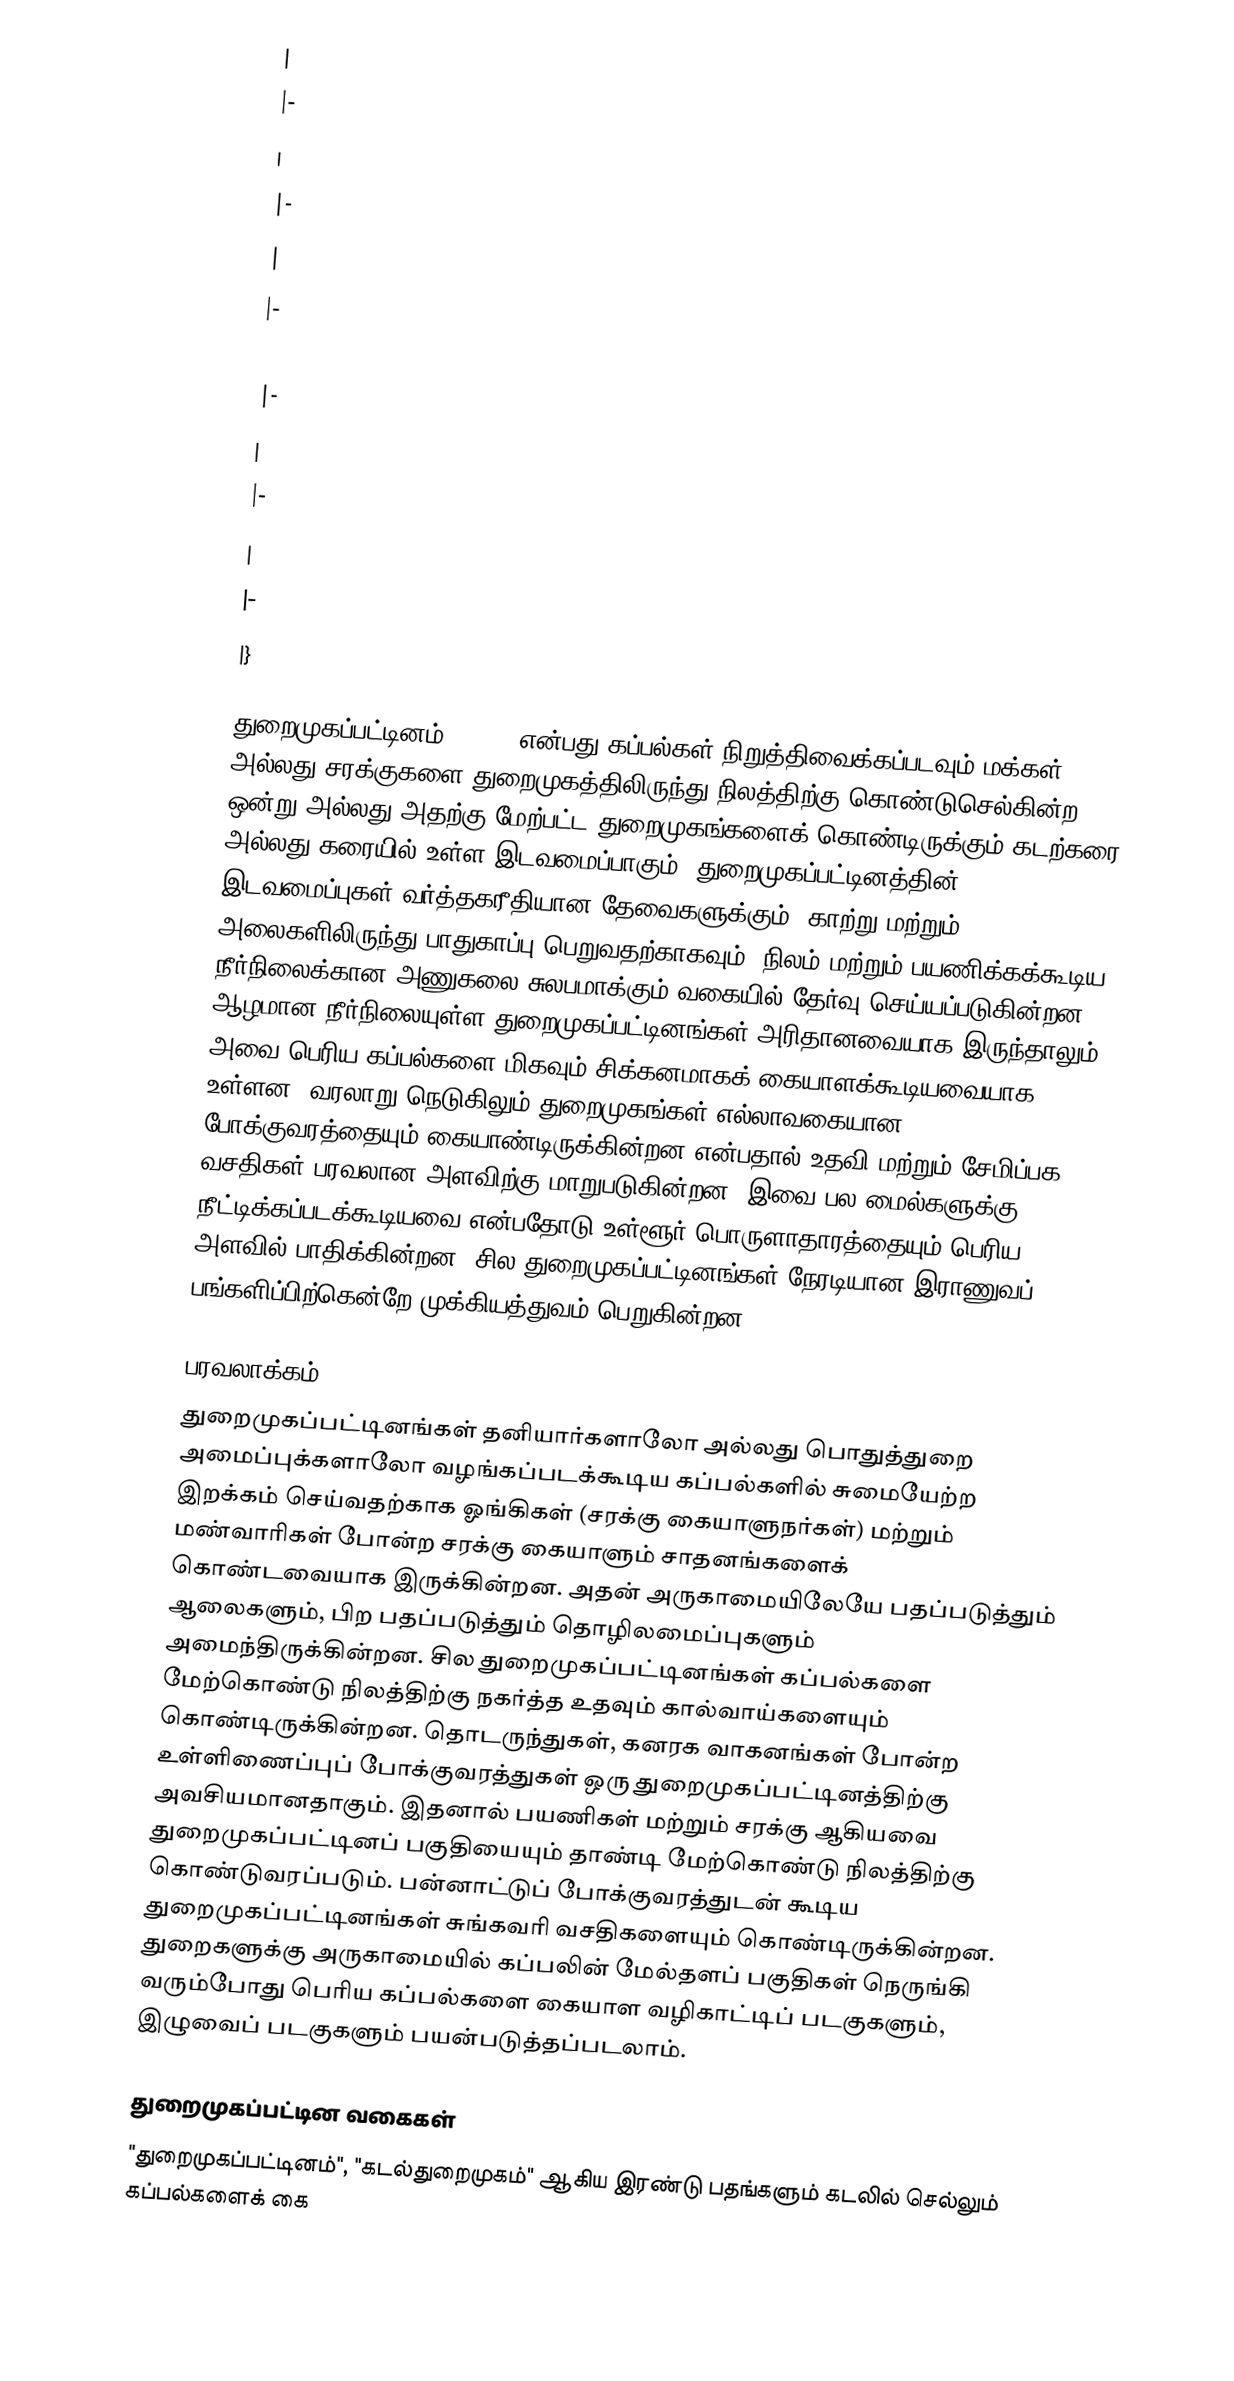
|
|-
|
|-
|
|-
|
|-
|
|-
|
|-
|}

துறைமுகப்பட்டினம் (Port) என்பது கப்பல்கள் நிறுத்திவைக்கப்படவும் மக்கள் அல்லது சரக்குகளை துறைமுகத்திலிருந்து நிலத்திற்கு கொண்டுசெல்கின்ற ஒன்று அல்லது அதற்கு மேற்பட்ட துறைமுகங்களைக் கொண்டிருக்கும் கடற்கரை அல்லது கரையில் உள்ள இடவமைப்பாகும். துறைமுகப்பட்டினத்தின் இடவமைப்புகள் வர்த்தகரீதியான தேவைகளுக்கும், காற்று மற்றும் அலைகளிலிருந்து பாதுகாப்பு பெறுவதற்காகவும், நிலம் மற்றும் பயணிக்கக்கூடிய நீர்நிலைக்கான அணுகலை சுலபமாக்கும் வகையில் தேர்வு செய்யப்படுகின்றன. ஆழமான நீர்நிலையுள்ள துறைமுகப்பட்டினங்கள் அரிதானவையாக இருந்தாலும், அவை பெரிய கப்பல்களை மிகவும் சிக்கனமாகக்  கையாளக்கூடியவையாக உள்ளன. வரலாறு நெடுகிலும் துறைமுகங்கள் எல்லாவகையான போக்குவரத்தையும் கையாண்டிருக்கின்றன என்பதால் உதவி மற்றும் சேமிப்பக வசதிகள் பரவலான அளவிற்கு மாறுபடுகின்றன. இவை பல மைல்களுக்கு நீட்டிக்கப்படக்கூடியவை என்பதோடு உள்ளூர் பொருளாதாரத்தையும் பெரிய அளவில் பாதிக்கின்றன. சில துறைமுகப்பட்டினங்கள் நேரடியான இராணுவப் பங்களிப்பிற்கென்றே முக்கியத்துவம் பெறுகின்றன.

பரவலாக்கம்
துறைமுகப்பட்டினங்கள் தனியார்களாலோ அல்லது பொதுத்துறை அமைப்புக்களாலோ வழங்கப்படக்கூடிய கப்பல்களில் சுமையேற்ற இறக்கம் செய்வதற்காக ஓங்கிகள் (சரக்கு கையாளுநர்கள்) மற்றும் மண்வாரிகள் போன்ற சரக்கு கையாளும் சாதனங்களைக் கொண்டவையாக இருக்கின்றன. அதன் அருகாமையிலேயே பதப்படுத்தும் ஆலைகளும், பிற பதப்படுத்தும் தொழிலமைப்புகளும் அமைந்திருக்கின்றன. சில துறைமுகப்பட்டினங்கள் கப்பல்களை மேற்கொண்டு நிலத்திற்கு நகர்த்த உதவும் கால்வாய்களையும் கொண்டிருக்கின்றன. தொடருந்துகள், கனரக வாகனங்கள் போன்ற உள்ளிணைப்புப் போக்குவரத்துகள் ஒரு துறைமுகப்பட்டினத்திற்கு அவசியமானதாகும். இதனால் பயணிகள் மற்றும் சரக்கு ஆகியவை துறைமுகப்பட்டினப் பகுதியையும் தாண்டி மேற்கொண்டு நிலத்திற்கு கொண்டுவரப்படும். பன்னாட்டுப் போக்குவரத்துடன் கூடிய துறைமுகப்பட்டினங்கள் சுங்கவரி வசதிகளையும் கொண்டிருக்கின்றன. துறைகளுக்கு அருகாமையில் கப்பலின் மேல்தளப் பகுதிகள் நெருங்கி வரும்போது பெரிய கப்பல்களை கையாள வழிகாட்டிப் படகுகளும், இழுவைப் படகுகளும் பயன்படுத்தப்படலாம்.

துறைமுகப்பட்டின வகைகள்
"துறைமுகப்பட்டினம்", "கடல்துறைமுகம்" ஆகிய இரண்டு பதங்களும் கடலில் செல்லும் கப்பல்களைக் கை